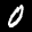
Label: 0